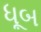
ધૂબ